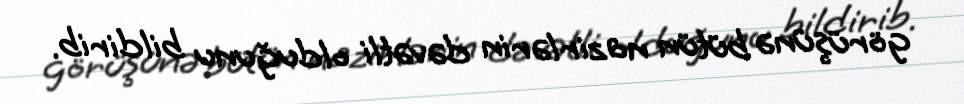
görüşünə bütün nazirlərin dəvətli olduğunu bildirib.